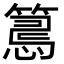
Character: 𢤉